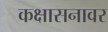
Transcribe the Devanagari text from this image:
कक्षासनावर